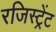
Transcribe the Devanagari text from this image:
रजिस्ट्रेंट